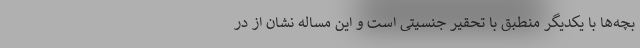
بچه‌ها با یکدیگر منطبق با تحقیر جنسیتی است و این مساله نشان از در